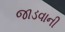
જાડવાની